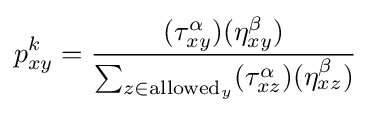
p_{xy}^{k}={\frac {(\tau _{xy}^{\alpha })(\eta _{xy}^{\beta })}{\sum _{z\in \mathrm {allowed} _{y}}(\tau _{xz}^{\alpha })(\eta _{xz}^{\beta })}}